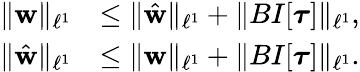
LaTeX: \begin{array}{rl}{\| \mathbf{w}\| _{\ell^{1}}}&{\leq\| \hat{\mathbf{w}}\| _{\ell^{1}}+\| BI[\boldsymbol{\tau}]\| _{\ell^{1}},}\\ {\| \hat{\mathbf{w}}\| _{\ell^{1}}}&{\leq\| \mathbf{w}\| _{\ell^{1}}+\| BI[\boldsymbol{\tau}]\| _{\ell^{1}}.}\end{array}